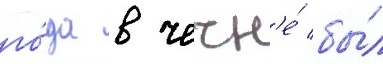
го́да в чечн'е́ бы́л